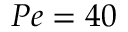
P e = 4 0